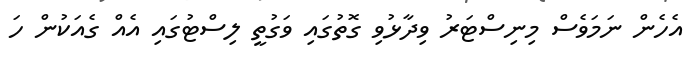
އެހެން ނަމަވެސް މިނިސްޓަރު ވިދާޅުވި ގޮތުގައި ވަގުތީ ލިސްޓުގައި އެއް ގެއަކުން ހަ